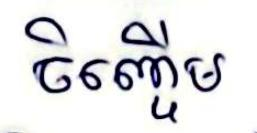
ចិញ្ចើម